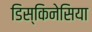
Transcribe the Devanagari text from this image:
डिस्किनेसिया